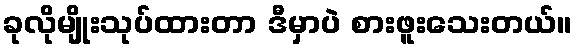
ခုလိုမျိုးသုပ်ထားတာ ဒီမှာပဲ စားဖူးသေးတယ်။